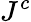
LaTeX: J^{c}